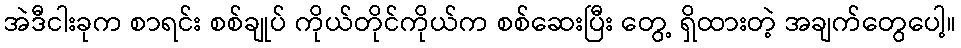
အဲဒီငါးခုက စာရင်း စစ်ချုပ် ကိုယ်တိုင်ကိုယ်က စစ်ဆေးပြီး တွေ့ ရှိထားတဲ့ အချက်တွေပေါ့။